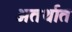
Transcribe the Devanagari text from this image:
अतर्थात